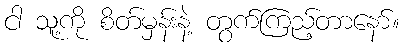
ငါ သူ့ကို စိတ်မှန်းနဲ့ တွက်ကြည့်တာနော်။